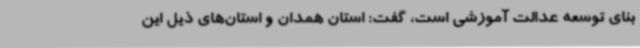
بنای توسعه عدالت آموزشی است، گفت: استان همدان و استان‌های ذیل این